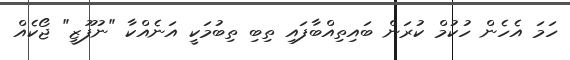
ހަމަ އެހެން ހުކުމް ކުރަން ބައިތިއްބާފައި ތިބި ތިބުމަކީ އަނެއްކާ "ނުފޫޒީ" ޖޯކެއް